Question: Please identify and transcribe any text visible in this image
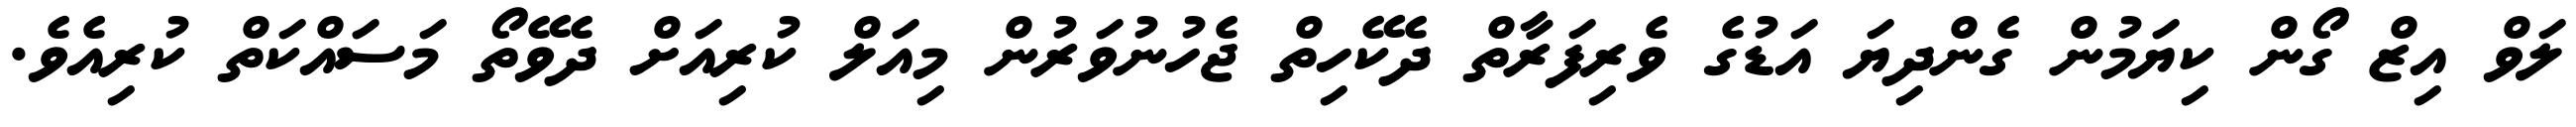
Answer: ލަވް އިޒް ގޯން ކިޔަމުން ގެންދިޔަ އަޑުގެ ވެރިފަރާތް ދެކޭހިތް ޖެހުނުވަރުން މިއަލް ކުރިއަށް ދެވޭތޯ މަސައްކަތް ކުރިއެވެ.